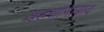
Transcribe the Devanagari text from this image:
अहसानाबाद